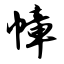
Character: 幛